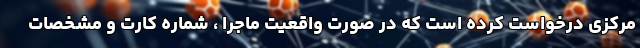
مرکزی درخواست کرده است که در صورت واقعیت ماجرا ، شماره کارت و مشخصات